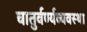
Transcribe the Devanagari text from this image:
चातुर्वर्ण्यव्यवस्था